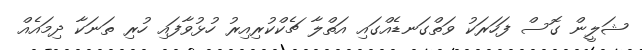
ޝަލީން ގޮސް ފަހަރަކު ވަތްގަނޑެއްގައި އަތްލާ ޗެކްކުރިއިރު ހުޅުވާފައި ހުރި ތަނަކާ ދިމައެއް